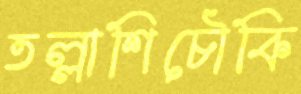
তল্লাশিচৌকি